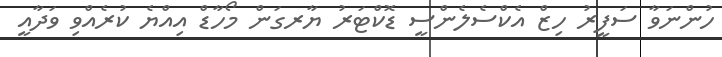
ހުންނަވާ ސަފީރު ހިޒް އެކްސެލެންސީ ޑޮކްޓަރު ޔާރގަން މޯހާޑް އިއްޔެ ކުރެއްވި ވަދާއީ